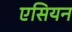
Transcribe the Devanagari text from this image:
एसियन